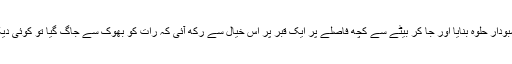
ماں نے ایک زبردست قسم کا خوشبودار حلوہ بنایا اور جا کر بیٹے سے کچھ فاصلے پر ایک قبر پر اس خیال سے رکھ آئی کہ رات کو بھوک سے جاگ گیا تو کوئی دیکھنے والا نہ ہوگا اور یہ کھا لیگا۔